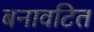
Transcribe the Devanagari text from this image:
बनावटित